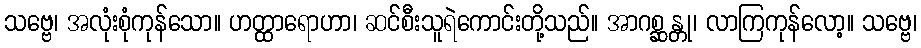
သဗ္ဗေ၊ အလုံးစုံကုန်သော။ ဟတ္ထာရောဟာ၊ ဆင်စီးသူရဲကောင်းတို့သည်။ အာဂစ္ဆန္တု၊ လာကြကုန်လော့။ သဗ္ဗေ၊